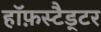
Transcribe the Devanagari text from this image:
हॉफ़स्टैड्टर